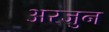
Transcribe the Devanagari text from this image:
अरजुन